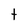
Character: t